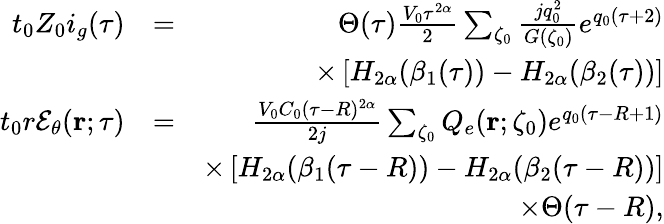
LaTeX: \begin{array}{rlr}{t_{0}Z_{0}i_{g}(\tau)}&{=}&{\Theta(\tau)\frac{V_{0}\tau^{2\alpha}}{2}\sum_{\zeta_{0}}\frac{jq_{0}^{2}}{G(\zeta_{0})}e^{q_{0}(\tau+2)}}\\ &{}&{\times\left[H_{2\alpha}(\beta_{1}(\tau))-H_{2\alpha}(\beta_{2}(\tau))\right]}\\ {t_{0}r{\mathcal E}_{\theta}({\mathbf r};\tau)}&{=}&{\frac{V_{0}C_{0}(\tau-R)^{2\alpha}}{2j}\sum_{\zeta_{0}}Q_{e}({\mathbf r};\zeta_{0})e^{q_{0}(\tau-R+1)}}\\ &{}&{\times\left[H_{2\alpha}(\beta_{1}(\tau-R))-H_{2\alpha}(\beta_{2}(\tau-R))\right]}\\ &{}&{\times\Theta(\tau-R),}\end{array}